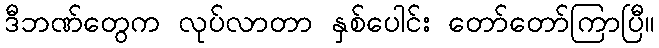
ဒီဘဏ်တွေက လုပ်လာတာ နှစ်ပေါင်း တော်တော်ကြာပြီ။